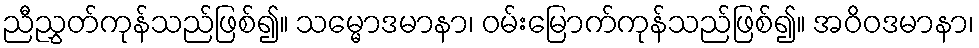
ညီညွှတ်ကုန်သည်ဖြစ်၍။ သမ္မောဒမာနာ၊ ဝမ်းမြောက်ကုန်သည်ဖြစ်၍။ အဝိဝဒမာနာ၊